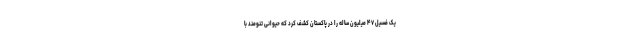
یک فسیل ۴۷ میلیون ساله را در پاکستان کشف کرد که حیوانی تنومند با